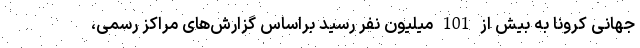
جهانی کرونا به بیش از 101 میلیون نفر رسید براساس گزارش‌های مراکز رسمی،